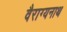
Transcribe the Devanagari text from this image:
वैराग्यनाथ